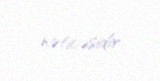
nəticəsidir.